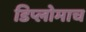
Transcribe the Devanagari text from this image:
डिप्लोमाच